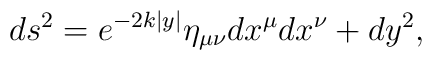
ds^2 = e^{- 2 k |y|} \eta_{\mu \nu} dx^{\mu} dx^{\nu} + d y^2,